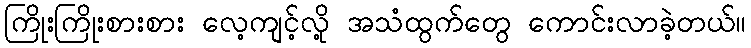
ကြိုးကြိုးစားစား လေ့ကျင့်လို့ အသံထွက်တွေ ကောင်းလာခဲ့တယ်။